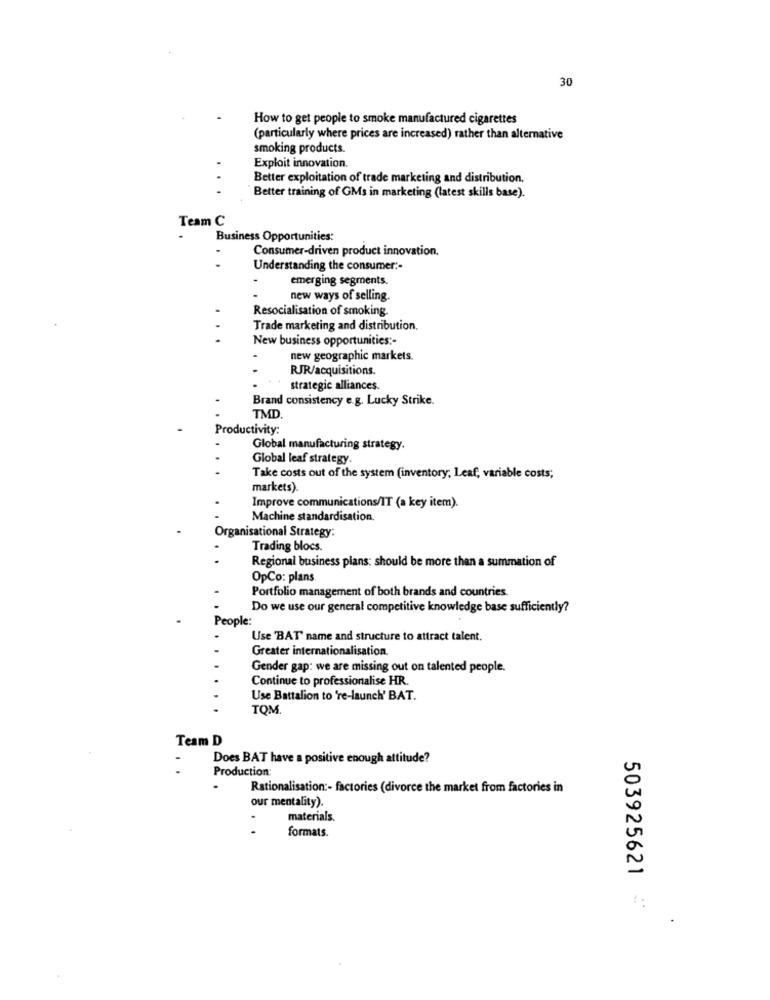
30
How to get people to smoke manufactured cigarettes
(particularly where prices are increased) rather than alternative
smoking products.
Exploit innovation.
Better exploitation of trade marketing and distribution,
Better training of GMs in marketing (latest skills base).
Team C
Business Opportunities:
Consumer-driven product innovation.
Understanding the consumer :-
emerging segments.
new ways of selling.
Resocialisation of smoking.
Trade marketing and distribution,
New business opportunities :-
new geographic markets.
RJR/acquisitions.
strategic alliances.
Brand consistency e.g. Lucky Strike.
TMD.
Productivity:
Global manufacturing strategy.
Global leaf strategy
Take costs out of the system (inventory, Leaf, variable costs;
markets).
Improve communications/IT (a key item).
Machine standardisation.
Organisational Strategy:
Trading blocs.
Regional business plans: should be more than a summation of
OpCo: plans.
Portfolio management of both brands and countries.
Do we use our general competitive knowledge base sufficiently?
People:
Use 'BAT' name and structure to attract talent.
Greater internationalisation
Gender gap: we are missing out on talented people.
Continue to professionalise HR.
Use Battalion to 're-launch' BAT.
TOM.
Team D
Does BAT have a positive enough attitude?
Production
Rationalisation :- factories (divorce the market from factories in
our mentality).
materials.
formats.
503925621
1-
.